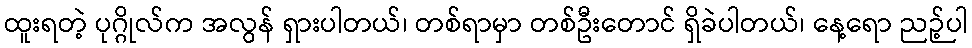
ထူးရတဲ့ ပုဂ္ဂိုလ်က အလွန် ရှားပါတယ်၊ တစ်ရာမှာ တစ်ဦးတောင် ရှိခဲပါတယ်၊ နေ့ရော ညဉ့်ပါ